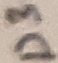
Text: D3